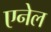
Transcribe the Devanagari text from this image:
एनेल